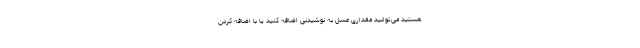
هستید می‌توانید مقداری عسل به نوشیدنی اضافه کنید یا با اضافه کردن